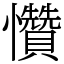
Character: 㦫